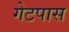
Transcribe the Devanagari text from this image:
गेटपास